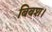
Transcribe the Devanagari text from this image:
बिबश।